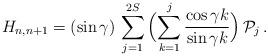
LaTeX: \begin{align*} H_{n,n+1} = (\sin\gamma) \, \sum_{j=1}^{2S} \, \Bigl( \sum_{k=1}^{j} \frac{\cos \gamma k}{\sin \gamma k} \Bigr) \, {\cal P}_j \,.\end{align*}